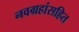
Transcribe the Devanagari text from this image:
नवग्रहांसहित